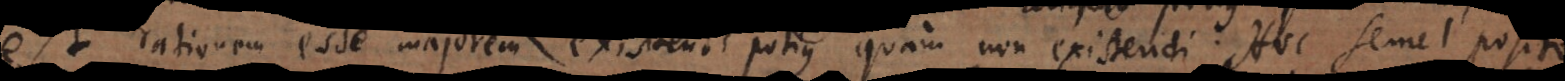
est rationem esse majorem existendi potius quam non existendi. Hoc semel posito